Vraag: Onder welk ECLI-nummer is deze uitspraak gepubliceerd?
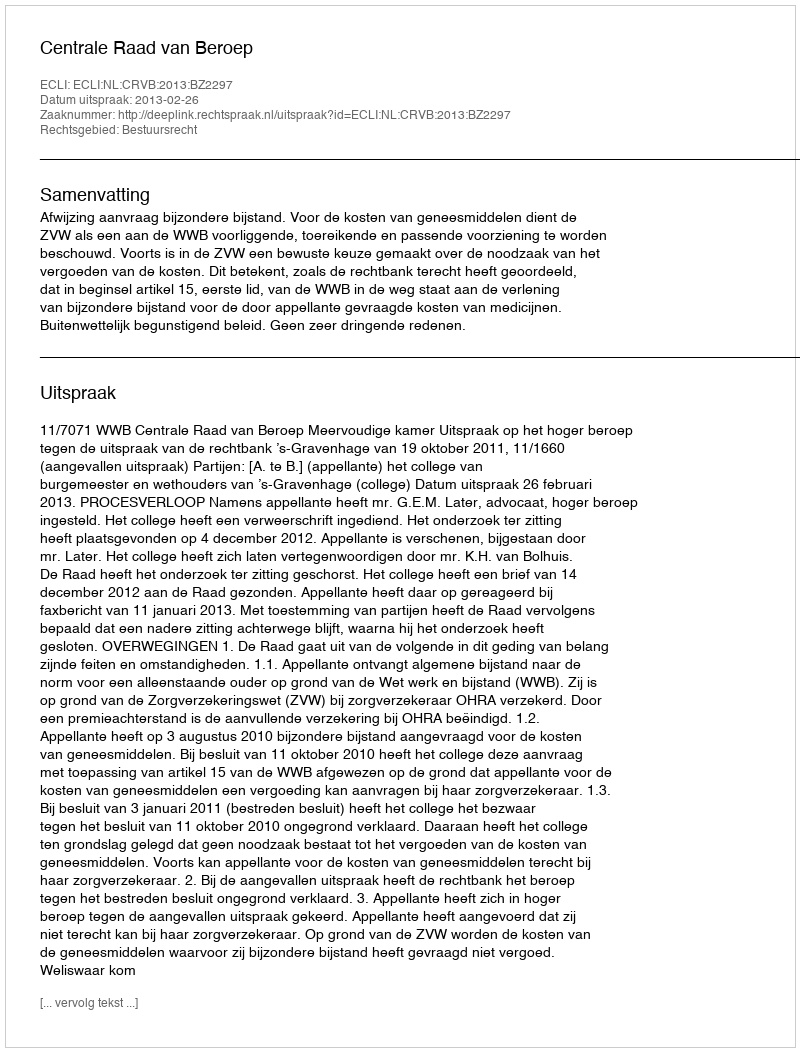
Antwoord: ECLI:NL:CRVB:2013:BZ2297